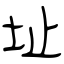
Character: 址